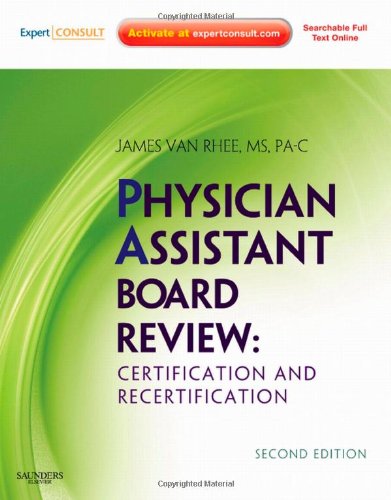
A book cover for Physician Assistant Board Review: Expert Consult - Online and Print, 2e (Expert Consult Title: Online + Print); James Van Rhee MS  PA-C; Medical Books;